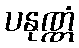
ပနုဏ္ဏံ